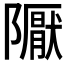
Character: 𨽀